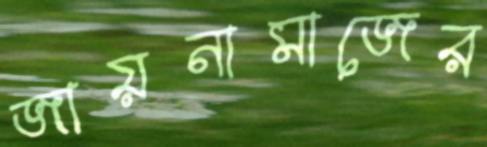
জায়নামাজের